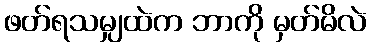
ဖတ်ရသမျှထဲက ဘာကို မှတ်မိလဲ